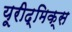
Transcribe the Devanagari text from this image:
यूरीद्मिक्स